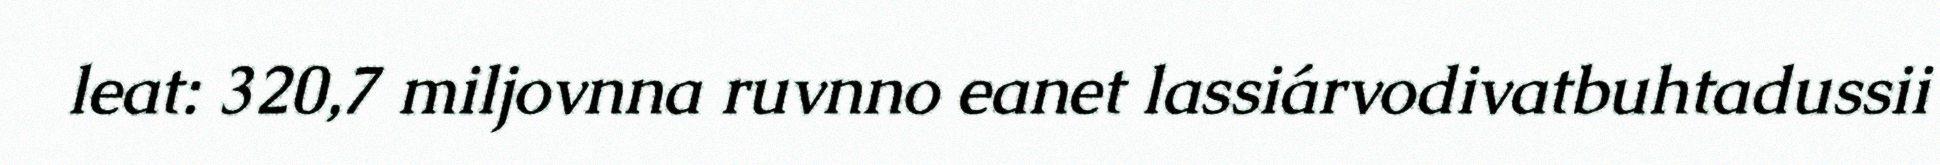
leat: 320,7 miljovnna ruvnno eanet lassiárvodivatbuhtadussii